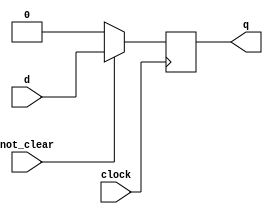
module DFlipFlop_Sync_Clear(d, not_clear, clock, q);
  input d, not_clear, clock;
  output  q;
  reg q;
  always @ (posedge clock)
    begin
      if(!not_clear)
        q <= 1'b0;
      else
        q <= d;
    end
endmodule

module DFlipFlop_Async_Clear(d, not_clear, clock, q);
  input d, not_clear, clock;
  output  q;
  reg q;
  always @ (negedge not_clear or posedge clock)
    begin
      if(!not_clear)
        q <= 1'b0;
      else
        q <= d;
    end
endmodule

module Testbench_Sync_Clear;
  reg d, reset, clock;
  wire  q;
  DFlipFlop_Sync_Clear dff1(d, reset, clock, q);
  initial
    begin
      #0  clock = 1'b0;
      repeat(10)
      #5 clock = ~clock;
    end
  initial
    begin
      $monitor($time, " D = %b, Reset = %b, Clock = %b, Q = %b.", d, reset, clock, q);
      #01 d = 1'b0; reset = 1'b0;
      #10 d = 1'b1; reset = 1'b1;
      #10 d = 1'b0; reset = 1'b1;
      #10 d = 1'b1; reset = 1'b0;
    end
endmodule

module Testbench_Async_Clear;
  reg d, reset, clock;
  wire  q;
  DFlipFlop_Async_Clear dff2(d, reset, clock, q);
  initial
    begin
      #0  clock = 1'b0;
      repeat(10)
      #5 clock = ~clock;
    end
  initial
    begin
      $monitor($time, " D = %b, Reset = %b, Clock = %b, Q = %b.", d, reset, clock, q);
      #01 d = 1'b0; reset = 1'b0;
      #10 d = 1'b1; reset = 1'b1;
      #10 d = 1'b0; reset = 1'b1;
      #10 d = 1'b1; reset = 1'b0;
    end
endmodule